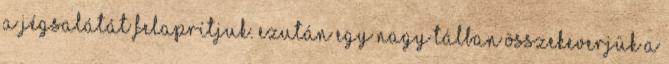
a jégsalátát felaprítjuk. Ezután egy nagy tálban összekeverjük a